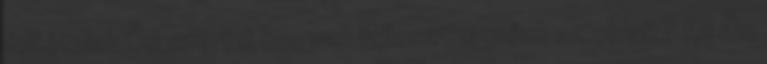
feltételek Ön szerint hogyan fejleszthetnénk az oldalt? Az Ön